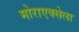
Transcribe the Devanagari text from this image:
मोराएक्सेला